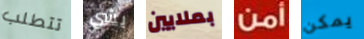
تتطلب بشي بملايين أمن يمكن